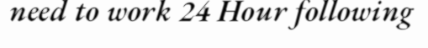
need to work 24 Hour following